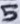
Text: 5